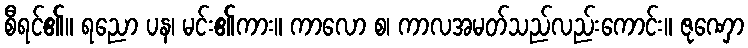
စီရင်၏။ ရညော ပန၊ မင်း၏ကား။ ကာလော စ၊ ကာလအမတ်သည်လည်းကောင်း။ ဇုဏှော